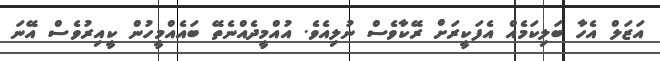
އަޒަލް އެހާ ބަލިކަމެއް އެފަކީރަށް ރޭކާވެސް ނުލިއެވެ. އުއްމީދެއްނެތޭ ބައެއްމީހުން ކީއިރުވެސް އޭނަ